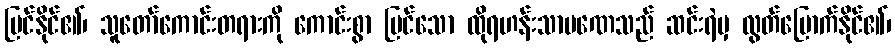
မြင်နိုင်၏၊ သူတော်ကောင်းတရားကို ကောင်းစွာ မြင်သော ထိုရဟန်းသာမဏေသည် ဆင်းရဲမှ လွတ်မြောက်နိုင်၏၊